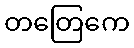
တတြေကေ